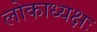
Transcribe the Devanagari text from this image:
लोकाध्यक्षः